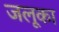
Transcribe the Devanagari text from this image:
जलूका